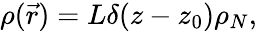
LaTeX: \rho(\vec{r})=L\delta(z-z_{0})\rho_{N},